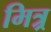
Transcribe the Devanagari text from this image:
मित्र्र